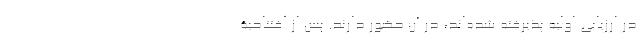
در ارزیابی اولیه پذیرفته شده‌اند، در آن حضور دارند. پس از افتتاحیۀ